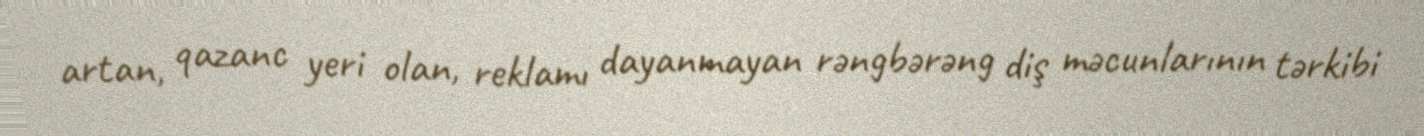
artan, qazanc yeri olan, reklamı dayanmayan rəngbərəng diş məcunlarının tərkibi